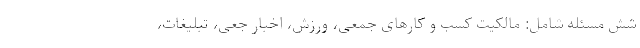
شش مسئله شامل: مالکیت کسب و کارهای جمعی، ورزش، اخبار جعی، تبلیغات،